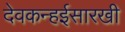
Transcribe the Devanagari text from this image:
देवकन्हईसारखी